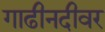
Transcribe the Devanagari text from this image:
गाढीनदीवर